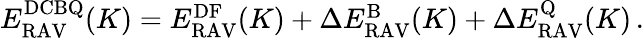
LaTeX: \begin{array}{r}{E_{\mathrm{RAV}}^{\mathrm{DCBQ}}(K)=E_{\mathrm{RAV}}^{\mathrm{DF}}(K)+\Delta E_{\mathrm{RAV}}^{\mathrm{B}}(K)+\Delta E_{\mathrm{RAV}}^{\mathrm{Q}}(K)\, .}\end{array}